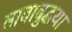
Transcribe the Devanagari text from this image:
बावाबुद्धया